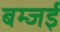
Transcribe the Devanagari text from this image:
बम्जई